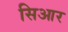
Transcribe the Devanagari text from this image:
सिआर